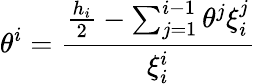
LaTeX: \theta^{i}=\frac{\frac{h_{i}}{2}-\sum_{j=1}^{i-1}\theta^{j}\xi_{i}^{j}}{\xi_{i}^{i}}